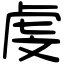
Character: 虔